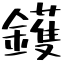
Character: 鑊